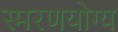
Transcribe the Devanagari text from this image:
स्मरणयोग्य